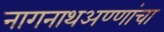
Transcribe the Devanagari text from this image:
नागनाथअण्णांचा